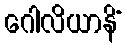
ဂေါလိယာနိံ